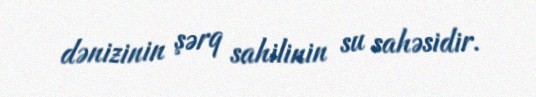
dənizinin şərq sahilinin su sahəsidir.